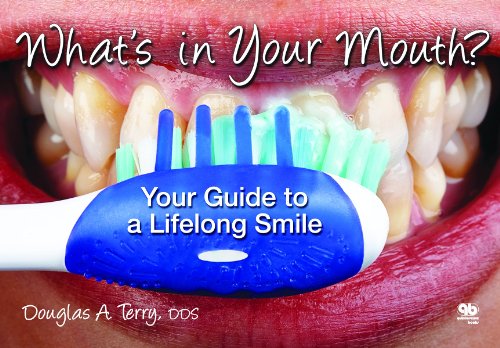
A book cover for What's in Your Mouth?: Your Guide to a Lifelong Smile; Douglas A. Terry; Medical Books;